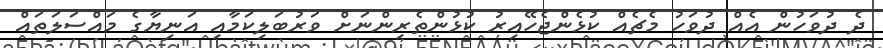
ދެ ދުވަހުން އެއް ދުވަހު މެޗެއް ކުޅެންޖެހޭއިރު ކުޅުންތެރިންނަށް ވަރުބަލިކަމާއި އަނިޔާގެ މައްސަލަތައް